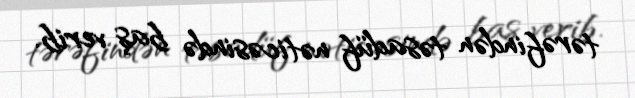
tərəfindən təsadüf nəticəsində baş verib.